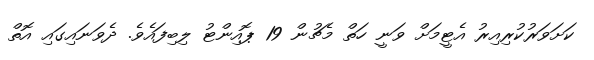
ކަށަވަރުކުރިއިރު އެޓީމަށް ވަނީ ހަތް މެޗުން 19 ޕޮއިންޓު ލިބިފައެވެ. ދެވަނައިގައި އޮތް